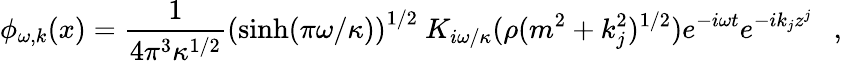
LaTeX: \phi_{\omega,k}(x)={\frac{1}{4\pi^{3}\kappa^{1/2}}}\left(\sinh(\pi\omega/\kappa)\right)^{1/2}~K_{i\omega/\kappa}(\rho(m^{2}+k_{j}^{2})^{1/2})e^{-i\omega t}e^{-ik_{j}z^{j}}~~~,